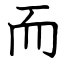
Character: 而